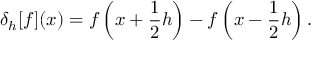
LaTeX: \delta _ { h } [ f ] ( x ) = f \left( x + { \frac { 1 } { 2 } } h \right) - f \left( x - { \frac { 1 } { 2 } } h \right) .